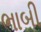
ભાબી